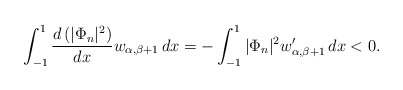
\begin{align*} \int_{-1}^1\frac {d\left(|\Phi_n|^2\right)}{dx} w_{\alpha,\beta+1}\,dx =-\int_{-1}^1|\Phi_n|^2 w_{\alpha,\beta+1}'\,dx <0. \end{align*}